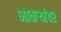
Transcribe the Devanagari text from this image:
भाकऱ्यांवर